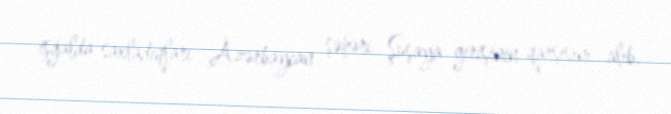
işğalda saxladıqları Azərbaycan şəhəri Şuşaya girişinin qarşısını alıb.